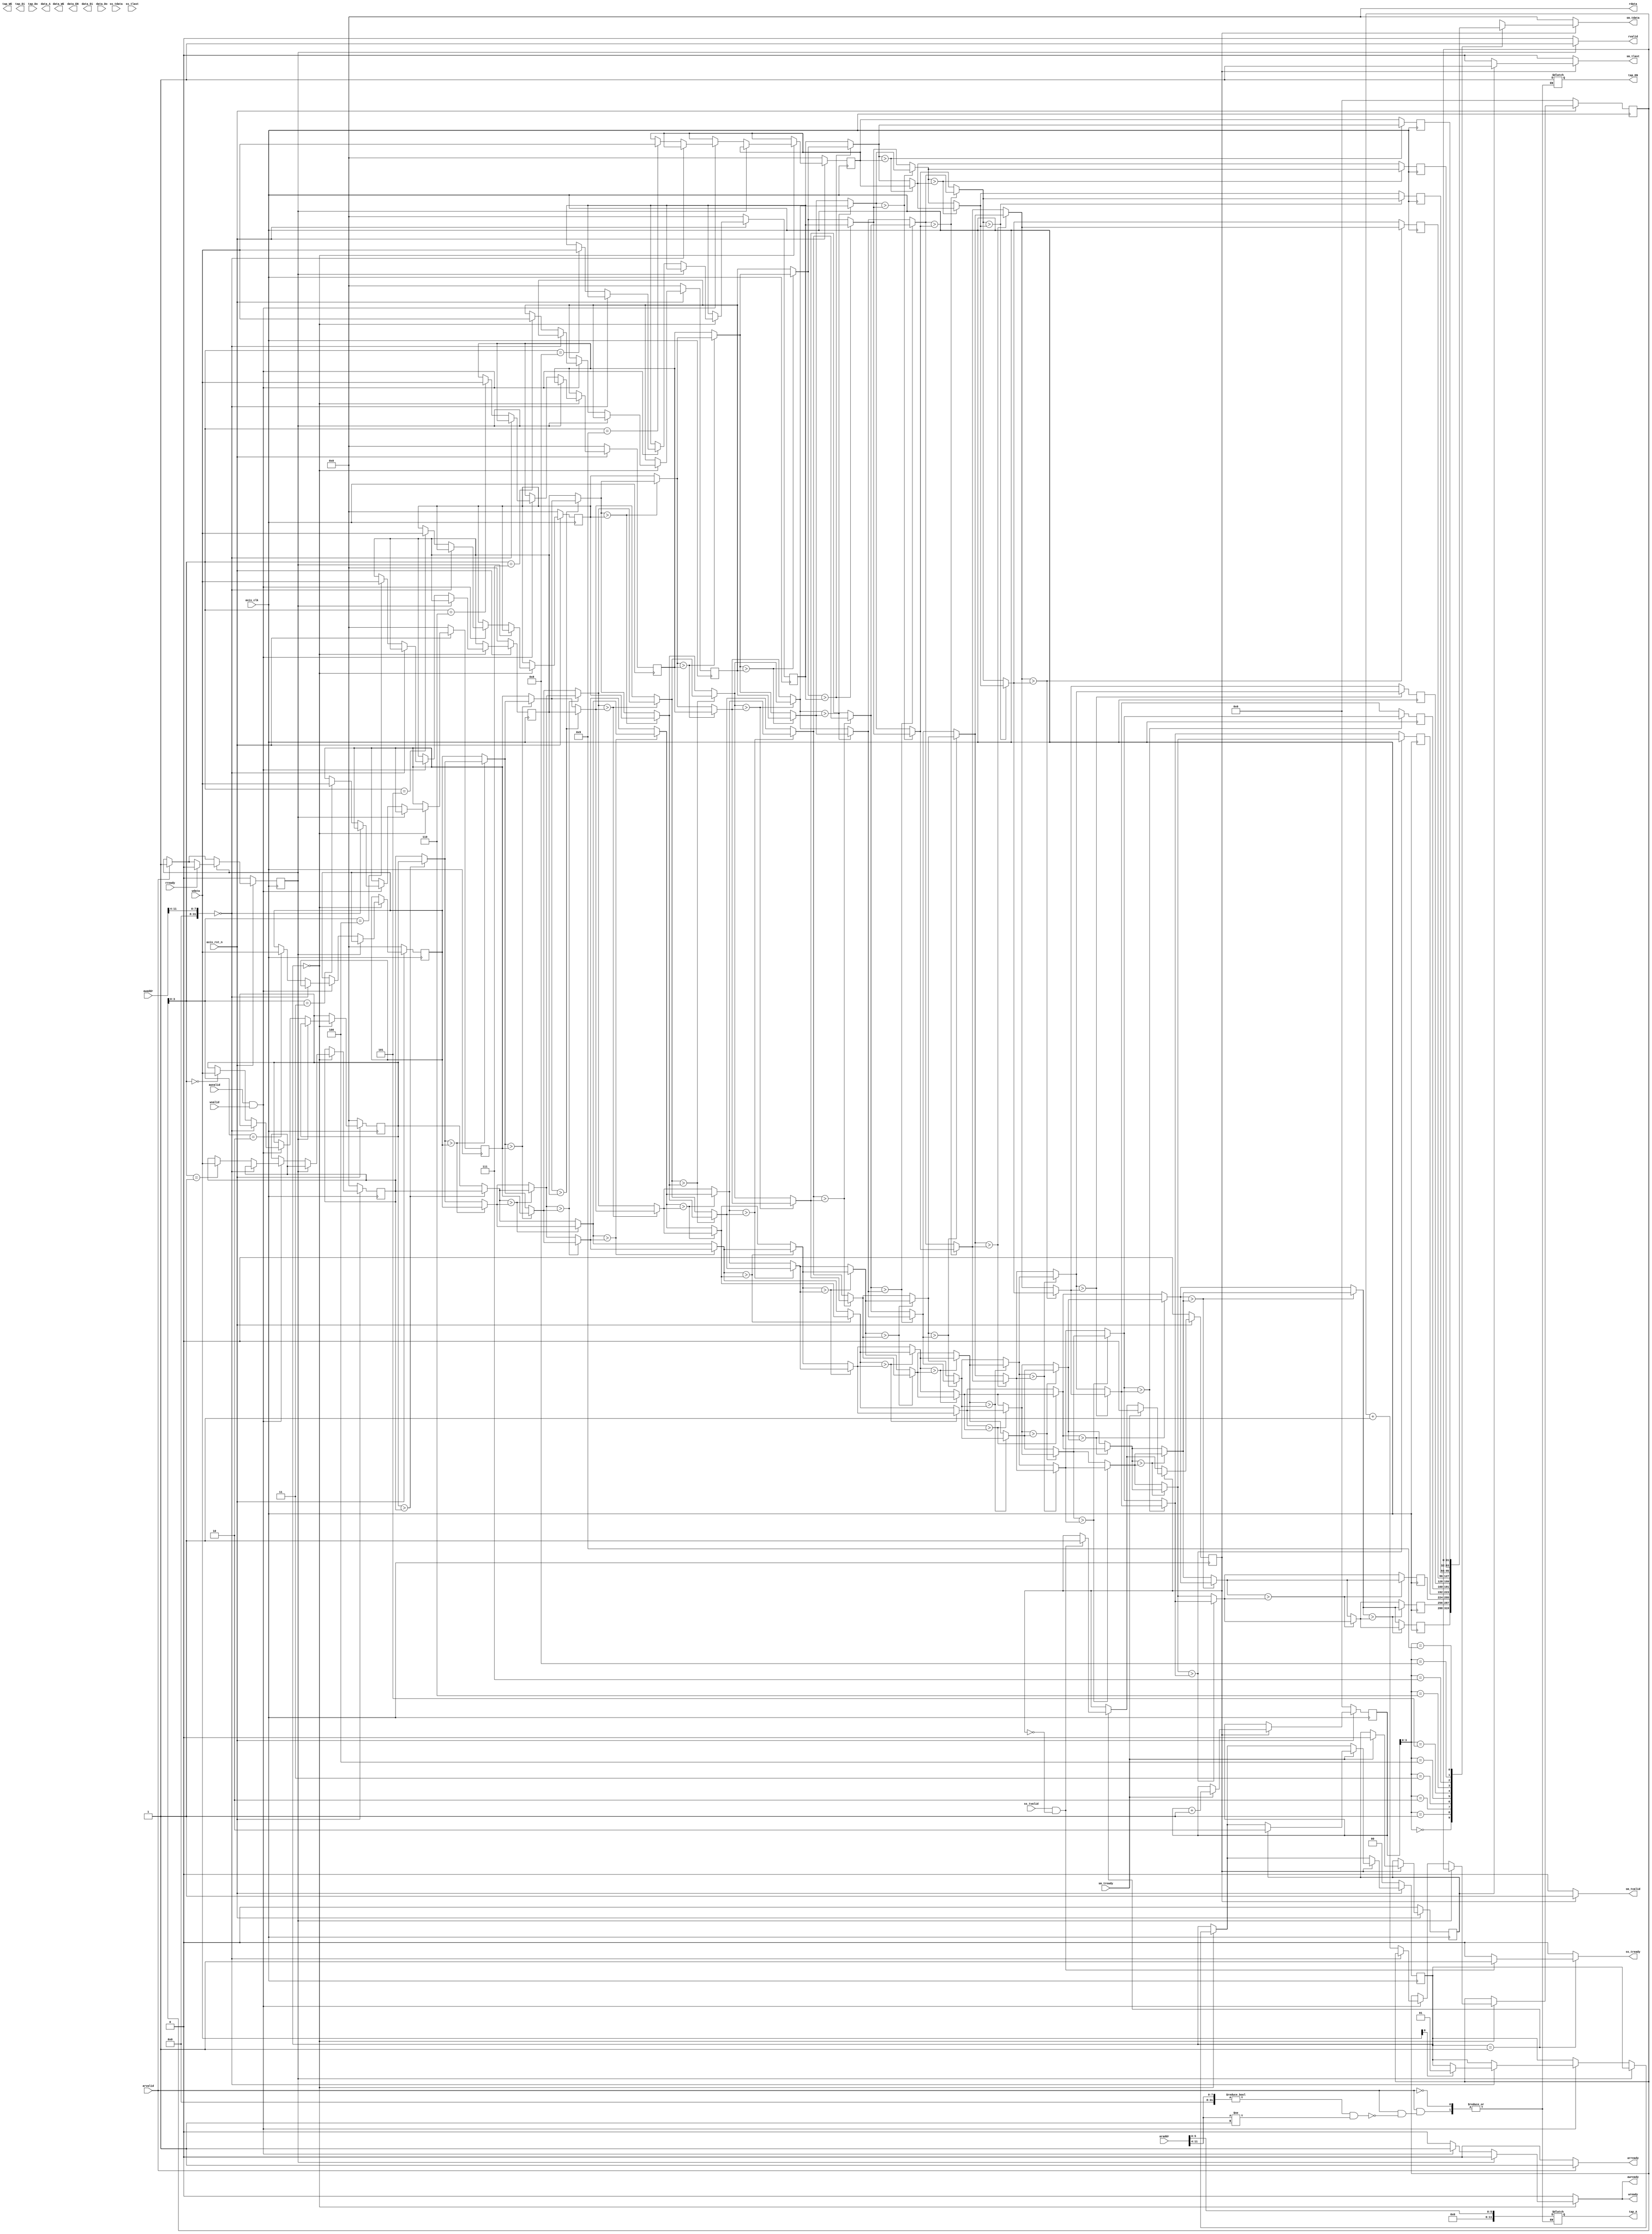
module qs 
#(  parameter pADDR_WIDTH = 12,
    parameter pDATA_WIDTH = 32,
    parameter Tape_Num    = 11
)
(
    output  reg                     awready,
    output  reg                     wready,
    input   wire                     awvalid,
    input   wire [(pADDR_WIDTH-1):0] awaddr,
    input   wire                     wvalid,
    input   wire [(pDATA_WIDTH-1):0] wdata,
    output  reg                     arready,
    input   wire                     rready,
    input   wire                     arvalid,
    input   wire [(pADDR_WIDTH-1):0] araddr,
    output  reg                     rvalid,
    output  reg [(pDATA_WIDTH-1):0] rdata,    
    
    input   wire                     ss_tvalid, 
    input   wire [(pDATA_WIDTH-1):0] ss_tdata, 
    input   wire                     ss_tlast, 
    output  reg                     ss_tready, 
    input   wire                     sm_tready, 
    output  reg                     sm_tvalid, 
    output  reg [(pDATA_WIDTH-1):0] sm_tdata, 
    output  reg                     sm_tlast, 
    
    // bram for tap RAM
    output  reg [3:0]               tap_WE, //tap is placed at bram and corresponds to 0x40 address in axilite
    output  reg                     tap_EN,
    output  reg [(pDATA_WIDTH-1):0] tap_Di,
    output  reg [(pADDR_WIDTH-1):0] tap_A,
    input   wire [(pDATA_WIDTH-1):0] tap_Do,

    // bram for data RAM
    output  reg [3:0]               data_WE,
    output  reg                     data_EN,
    output  reg [(pDATA_WIDTH-1):0] data_Di,
    output  reg [(pADDR_WIDTH-1):0] data_A,
    input   wire [(pDATA_WIDTH-1):0] data_Do,

    input   wire                     axis_clk,
    input   wire                     axis_rst_n
);

    localparam STATE_RECEIVE_PARAMETERS = 0;
    localparam STATE_EXECUTE = 1;
    localparam STATE_CLEAN_DATA_IN_BRAM = 2;
    reg [2-1:0] state_r;
    reg [2-1:0] state_w;
    reg         pending_sm_tready_r;
    reg         pending_sm_tready_w;
    reg         pending_rready_r;
    reg         pending_rready_w;
    reg         last_r;
    reg         last_w;

    ////////////////////////////////////////
    reg [31:0] qs_input_storage_r [0:9];
    reg [31:0] qs_input_storage_w [0:9];
    reg [31:0] qs_output_storage_r [0:9];
    reg [4:0] qs_input_counter_w, qs_input_counter_r, qs_output_counter_w, qs_output_counter_r;
    localparam QS_LEN = 10;
 
    integer q;
    always@(*) begin
        state_w = state_r;
        wready = 0;
        awready = 0;
        ss_tready = 0;
        sm_tvalid = 0;
        sm_tdata = 0;
        sm_tlast = 0;
        last_w = last_r;
        pending_sm_tready_w = pending_sm_tready_r;
        pending_rready_w = pending_rready_r;
        rvalid = 0;
        rdata = 0;
        arready = 0;

        ////////////////////////////////
        qs_input_counter_w = qs_input_counter_r;
        qs_output_counter_w = qs_output_counter_r;
        for(q=0; q<QS_LEN; q=q+1) begin
            qs_input_storage_w[q] = qs_input_storage_r[q];
        end

        case (state_r)
            STATE_RECEIVE_PARAMETERS: begin
                if (pending_rready_r == 1'b0) begin //prevent bram from being read and written at the same time
                    if ((awvalid == 1'b1) & (wvalid == 1'b1)) begin
                        if ((awaddr >> 4) == 0) begin //address = 0x00
                            if (wdata[0] == 1'b1) begin //ap_start = 1
                                state_w = STATE_EXECUTE;
                            end
                        end
                        else begin //address = 0x40, direct communicate with BRAM
                            ///////////////////////////////////
                            qs_input_storage_w[qs_input_counter_r] = wdata;
                            qs_input_counter_w = qs_input_counter_r + 1;
                        end
                        awready = 1;
                        wready = 1;
                    end
                end
            end
            STATE_EXECUTE: begin
                if ((ss_tvalid == 1'b1) & (pending_sm_tready_r != 1'b1)) begin //second condition prevents fir result from being changed
                    pending_sm_tready_w = 1;
                    ss_tready = 1;
                end
            end
        endcase
        if (pending_sm_tready_r == 1'b1) begin
            sm_tvalid = 1'b1;
            sm_tdata = qs_output_storage_r[qs_output_counter_r];
            if (last_r == 1) begin
                sm_tlast = 1;
            end
            if (sm_tready == 1'b1) begin
                qs_output_counter_w = qs_output_counter_r + 1;
                if (last_r == 1'b1) begin
                    state_w = STATE_CLEAN_DATA_IN_BRAM;
                    last_w = 0;
                end
                pending_sm_tready_w = 0;
            end
        end
        if (arvalid == 1'b1) begin
            pending_rready_w = 1;
            arready = 1;
            if (((araddr >> 4) != 0) & ((araddr >> 4) != 1)) begin
                tap_EN = 1;
                tap_A = araddr[5:0];
            end
        end
        if (pending_rready_r == 1'b1) begin
            rvalid = 1;
            if (rready == 1'b1) begin
                pending_rready_w = 0;
            end
        end
    end
    
    integer k;
    always@(posedge axis_clk) begin
        if (axis_rst_n == 1'b0) begin
            state_r <= STATE_RECEIVE_PARAMETERS;
            pending_rready_r <= 0;
            last_r <= 0;
            pending_sm_tready_r <= 0;
            /////////////////////////////
            qs_input_counter_r <= 0;
            qs_output_counter_r <= 0;
            for(k=0; k<QS_LEN; k=k+1) begin
                qs_input_storage_r[k] <= 0;
            end
        end
        else begin
            state_r <= state_w;
            pending_rready_r <= pending_rready_w;
            last_r <= last_w;
            pending_sm_tready_r <= pending_sm_tready_w;
            ////////////////////////////
            qs_input_counter_r <= qs_input_counter_w;
            qs_output_counter_r <= qs_output_counter_w;
            for(k=0; k<QS_LEN; k=k+1) begin
                qs_input_storage_r[k] <= qs_input_storage_w[k];
            end
        end
    end

    /////////////////////////////////////////////////////////
    integer i, j;
    reg [31:0] temp;
    always @(posedge axis_clk) begin
        for (i = 0; i < QS_LEN; i = i + 1) begin
            qs_output_storage_r[i] = qs_input_storage_r[i];
        end
        for (i = 0; i < QS_LEN; i = i + 1) begin
            for (j = 0; j < QS_LEN -1 - i; j = j + 1) begin
                if (qs_output_storage_r[j] > qs_output_storage_r[j+1]) begin
                    temp = qs_output_storage_r[j];
                    qs_output_storage_r[j] = qs_output_storage_r[j+1];
                    qs_output_storage_r[j+1] = temp;
                end
            end
        end
    end

endmodule